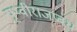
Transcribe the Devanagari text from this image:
पृथ्वीराजप्रबंध